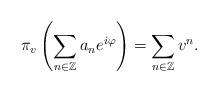
LaTeX: \begin{align*}\pi_v \left(\sum_{n \in \mathbb{Z}}a_ne^{i \varphi}\right) = \sum_{n \in \mathbb{Z}}v^n.\end{align*}